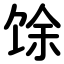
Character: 馀